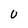
Character: U